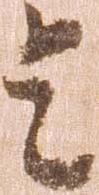
令